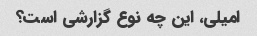
امیلی، این چه نوع گزارشی است؟